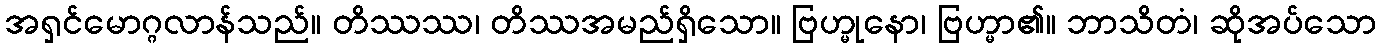
အရှင်မောဂ္ဂလာန်သည်။ တိဿဿ၊ တိဿအမည်ရှိသော။ ဗြဟ္မုနော၊ ဗြဟ္မာ၏။ ဘာသိတံ၊ ဆိုအပ်သော